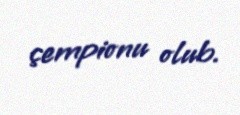
çempionu olub.